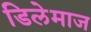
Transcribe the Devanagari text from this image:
डिलेमाज